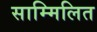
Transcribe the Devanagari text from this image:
साम्मिलित